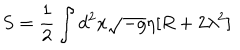
S = \frac 1 2 \int d ^ { 2 } x \sqrt { - g } \eta [ R + 2 \lambda ^ { 2 } ]